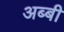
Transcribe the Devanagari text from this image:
अब्बी